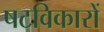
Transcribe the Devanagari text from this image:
षटविकारों